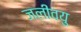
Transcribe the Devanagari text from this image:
जलीवयु